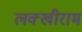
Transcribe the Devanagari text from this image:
लक्खीराम